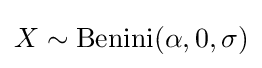
X\sim \operatorname {Benini} (\alpha ,0,\sigma )